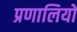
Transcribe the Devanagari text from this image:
प्रणालियों